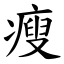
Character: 瘦